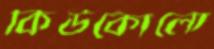
কিউকোলো